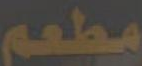
مطعم